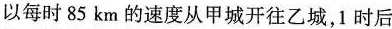
以每时85km的速度从甲城开往乙城，1时后